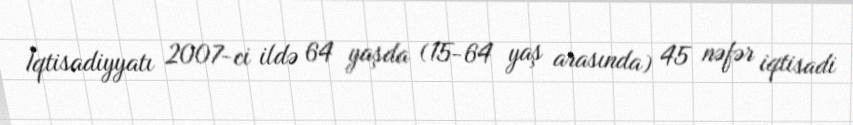
İqtisadiyyatı 2007-ci ildə 64 yaşda (15-64 yaş arasında) 45 nəfər iqtisadi